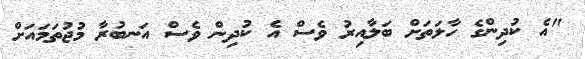
"އެ ކުދިންގެ ހާލަތަށް ބަލާއިރު ވެސް އެ ކުދިން ވެސް އަނބުރާ މުޖުތަމައަށް